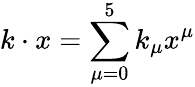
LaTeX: k\cdot x=\sum_{\mu=0}^{5}k_{\mu}x^{\mu}